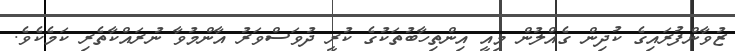
ޒުވާންފުރައިގެ ކުދިން ގެއްލުން މިއީ އިންތިހާބުތަކުގެ ކުރީ ދުވަސްވަރު އާންމުވާ ނުރައްކާތެރި ކަމެކެވެ.